Indian journal of veterinary science and animal husbandry - Volume 13,
Year: 1943
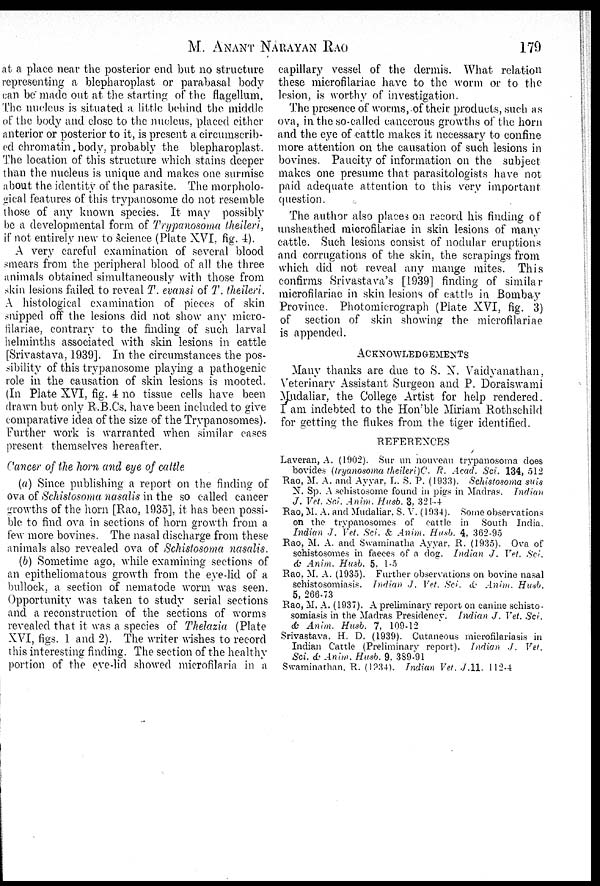
M. ANANT NARAYAN RAO 179
at a place near the posterior end but no structure
representing a blepharoplast or parabasal body
can be made out at the starting of the flagellum.
The nucleus is situated a little behind the middle
of the body and close to the nucleus, placed either
anterior or posterior to it, is present a circumscrib-
ed chromatin body, probably the blepharoplast.
The location of this structure which stains deeper
than the nucleus is unique and makes one surmise
about the identity of the parasite. The morpholo-
gical features of this trypanosome do not resemble
those of any known species. It may possibly
be a developmental form of Trypanosoma theileri,
if not entirely new to science (Plate XVI, fig. 4).
A very careful examination of several blood
smears from the peripheral blood of all the three
animals obtained simultaneously with those from
skin lesions failed to reveal T. evansi of T. theileri.
A histological examination of pieces of skin
snipped off the lesions did not show any micro-
filariae, contrary to the finding of such larval
helminths associated with skin lesions in cattle
[Srivastava, 1939]. In the circumstances the pos-
sibility of this trypanosome playing a pathogenic
role in the causation of skin lesions is mooted.
(In Plate XVI, fig. 4 no tissue cells have been
drawn but only R.B.Cs. have been included to give
comparative idea of the size of the Trypanosomes).
Further work is warranted when similar cases
present themselves hereafter.
Cancer of the horn and eye of cattle
(a) Since publishing a report on the finding of
ova of Schistosoma nasalis in the so called cancer
growths of the horn [Rao, 1935], it has been possi-
ble to find ova in sections of horn growth from a
few more bovines. The nasal discharge from these
animals also revealed ova of Schistosoma nasalis.
(b) Sometime ago, while examining sections of
an epitheliomatous growth from the eye-lid of a
bullock, a section of nematode worm was seen.
Opportunity was taken to study serial sections
and a reconstruction of the sections of worms
revealed that it was a species of Thelazia (Plate
XVI, figs. 1 and 2). The writer wishes to record
this interesting finding. The section of the healthy
portion of the eye-lid showed microfilaria in a
capillary vessel of the dermis. What relation
these microfilariae have to the worm or to the
lesion, is worthy of investigation.
The presence of worms, of their products, such as
ova, in the so-called cancerous growths of the horn
and the eye of cattle makes it necessary to confine
more attention on the causation of such lesions in
bovines. Paucity of information on the subject
makes one presume that parasitologists have not
paid adequate attention to this very important
question.
The author also places on record his finding of
unsheathed microfilariae in skin lesions of many
cattle. Such lesions consist of nodular eruptions
and corrugations of the skin, the scrapings from
which did not reveal any mange mites. This
confirms Srivastava's [1939] finding of similar
microfilariae in skin lesions of cattle in Bombay
Province. Photomicrograph (Plate XVI, fig. 3)
of section of skin showing the microfilariae
is appended.
ACKNOWLEDGEMENTS
Many thanks are due to S. N. Vaidyanathan,
Veterinary Assistant Surgeon and P. Doraiswami
Mudaliar, the College Artist for help rendered.
I am indebted to the Hon'ble Miriam Rothschild
for getting the flukes from the tiger identified.
REFERENCES
Laveran, A. (1902). Sur un nouveau trypanosoma does
bovides (tryanosoma theileri)C. R. Acad. Sci. 134, 512
Rao, M. A. and Ayyar, L. S. P. (1933). Schistosoma suis
N. Sp. A schistosome found in pigs in Madras. Indian
J. Vet. Sci. Anim. Husb. 3, 321-4
Rao, M. A. and Mudaliar, S. V. (1934). Some observations
on the trypanosomes of cattle in South India.
Indian J. Vet. Sci. & Anim. Husb. 4, 362-95
Rao, M. A. and Swaminatha Ayyar, R. (1935). Ova of
schistosomes in faeces of a dog. Indian J. Vet. Sci.
& Anim. Husb. 5, 1-5
Rao, M. A. (1935). Further observations on bovine nasal
schistosomiasis. Indian J. Vet. Sci. & Anim. Husb.
5, 266-73
Rao, M. A. (1937). A preliminary report on canine schisto-
somiasis in the Madras Presidency. Indian J. Vet. Sci.
& Anim. Husb. 7, 109-12
Srivastava, H. D. (1939). Cutaneous microfilariasis in
Indian Cattle (Preliminary report). Indian J. Vet.
Sci. & Anim. Husb. 9, 389-91
Swaminathan, R. (1934). Indian Vet. J.11. 112-4